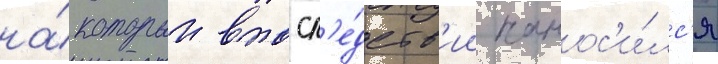
на́ которыи впосл'е́дств'ии нанос'и́лс'я